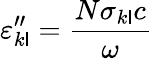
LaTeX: \varepsilon_{k\mathsf{l}}^{"}={\frac{{N\sigma_{k\mathsf{l}}c}}{{\omega}}}